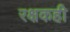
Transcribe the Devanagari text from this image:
रक्षकही